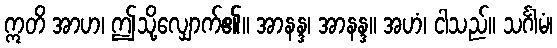
ဣတိ အာဟ၊ ဤသို့လျှောက်၏။ အာနန္ဒ၊ အာနန္ဒ။ အဟံ၊ ငါသည်။ သင်္ဂါမံ၊